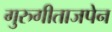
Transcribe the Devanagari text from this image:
गुरुगीताजपेन